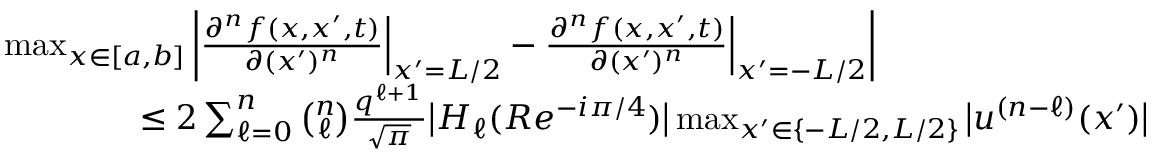
\begin{array} { r l } & { \operatorname* { m a x } _ { x \in [ a , b ] } \bigg | \frac { \partial ^ { n } f ( x , x ^ { \prime } , t ) } { \partial ( x ^ { \prime } ) ^ { n } } \Big | _ { x ^ { \prime } = L / 2 } - \frac { \partial ^ { n } f ( x , x ^ { \prime } , t ) } { \partial ( x ^ { \prime } ) ^ { n } } \Big | _ { x ^ { \prime } = - L / 2 } \bigg | } \\ & { \qquad \qquad \leq 2 \sum _ { \ell = 0 } ^ { n } \binom { n } { \ell } \frac { q ^ { \ell + 1 } } { \sqrt { \pi } } \big | H _ { \ell } ( R e ^ { - i \pi / 4 } ) \big | \operatorname* { m a x } _ { x ^ { \prime } \in \{ - L / 2 , L / 2 \} } \big | u ^ { ( n - \ell ) } ( x ^ { \prime } ) \big | } \end{array}